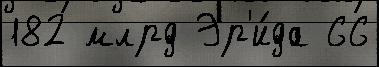
182 млрд Эр'и́да 66